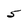
Character: 5